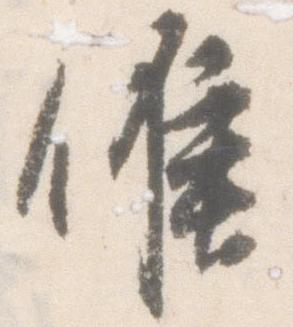
候